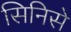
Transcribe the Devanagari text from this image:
सिनिसे